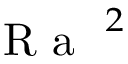
\mathrm { ~ \textit ~ { ~ R ~ a ~ } ~ } ^ { 2 }